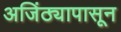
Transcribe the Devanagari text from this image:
अजिंठ्यापासून